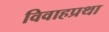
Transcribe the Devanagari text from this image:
विवाहप्रथा